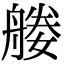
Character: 𦩩